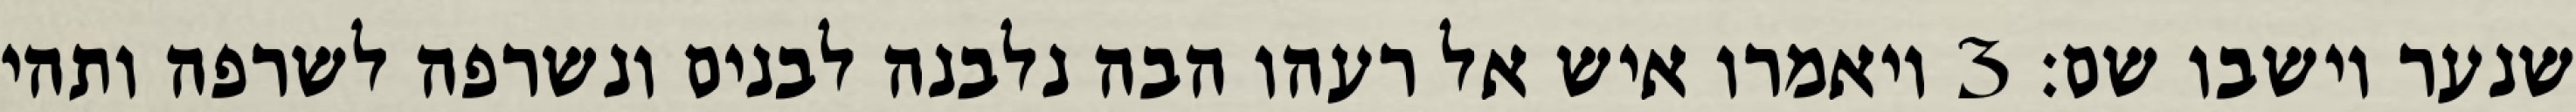
שנער וישבו שם׃ ‎3‏ ויאמרו איש אל רעהו הבה נלבנה לבנים ונשרפה לשרפה ותהי